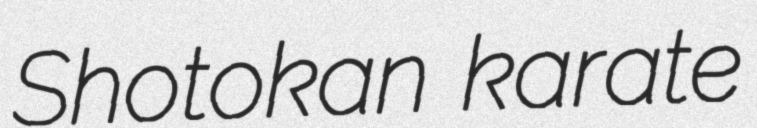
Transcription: Shotokan karate